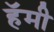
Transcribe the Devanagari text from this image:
हॅमी